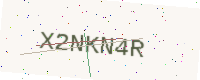
Text: X2NKN4R